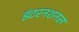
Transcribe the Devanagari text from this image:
इंटरनशनल